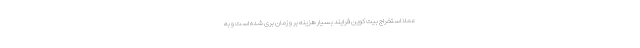
عملا استخراج بیت کوین فرایند بسیار هزینه بر و زمان بری شده است و به